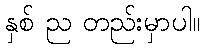
နှစ် ည တည်းမှာပါ။